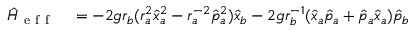
\begin{array} { r l } { \hat { H } _ { \mathrm { ~ e ~ f ~ f ~ } } } & { { } = - 2 g r _ { b } ( r _ { a } ^ { 2 } \hat { x } _ { a } ^ { 2 } - r _ { a } ^ { - 2 } \hat { p } _ { a } ^ { 2 } ) \hat { x } _ { b } - 2 g r _ { b } ^ { - 1 } ( \hat { x } _ { a } \hat { p } _ { a } + \hat { p } _ { a } \hat { x } _ { a } ) \hat { p } _ { b } } \end{array}